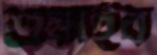
শুয়াইব